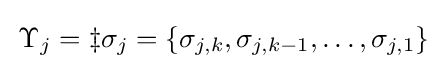
\,\Upsilon _{j}=\ddagger \sigma _{j}=\{\sigma _{j,k},\sigma _{j,k-1},\ldots ,\sigma _{j,1}\}